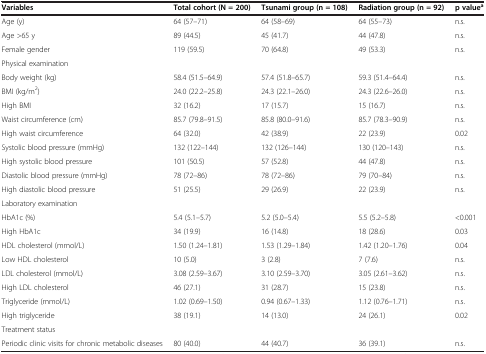
<table><thead><tr><td><b>Variables</b></td><td><b>Total cohort (N = 200)</b></td><td><b>Tsunami group (n = 108)</b></td><td><b>Radiation group (n = 92)</b></td><td><b>p value<sup>a</sup></b></td></tr></thead><tbody><tr><td>Age (y)</td><td>64 (57–71)</td><td>64 (58–69)</td><td>64 (55–73)</td><td>n.s.</td></tr><tr><td>Age &gt;65 y</td><td>89 (44.5)</td><td>45 (41.7)</td><td>44 (47.8)</td><td>n.s.</td></tr><tr><td>Female gender</td><td>119 (59.5)</td><td>70 (64.8)</td><td>49 (53.3)</td><td>n.s.</td></tr><tr><td>Physical examination</td><td> </td><td> </td><td> </td><td> </td></tr><tr><td>Body weight (kg)</td><td>58.4 (51.5–64.9)</td><td>57.4 (51.8–65.7)</td><td>59.3 (51.4–64.4)</td><td>n.s.</td></tr><tr><td>BMI (kg/m<sup>2</sup>)</td><td>24.0 (22.2–25.8)</td><td>24.3 (22.1–26.0)</td><td>24.3 (22.6–26.0)</td><td>n.s.</td></tr><tr><td>High BMI</td><td>32 (16.2)</td><td>17 (15.7)</td><td>15 (16.7)</td><td>n.s.</td></tr><tr><td>Waist circumference (cm)</td><td>85.7 (79.8–91.5)</td><td>85.8 (80.0–91.6)</td><td>85.7 (78.3–90.9)</td><td>n.s.</td></tr><tr><td>High waist circumference</td><td>64 (32.0)</td><td>42 (38.9)</td><td>22 (23.9)</td><td>0.02</td></tr><tr><td>Systolic blood pressure (mmHg)</td><td>132 (122–144)</td><td>132 (126–144)</td><td>130 (120–143)</td><td>n.s.</td></tr><tr><td>High systolic blood pressure</td><td>101 (50.5)</td><td>57 (52.8)</td><td>44 (47.8)</td><td>n.s.</td></tr><tr><td>Diastolic blood pressure (mmHg)</td><td>78 (72–86)</td><td>78 (72–86)</td><td>79 (70–84)</td><td>n.s.</td></tr><tr><td>High diastolic blood pressure</td><td>51 (25.5)</td><td>29 (26.9)</td><td>22 (23.9)</td><td>n.s.</td></tr><tr><td>Laboratory examination</td><td> </td><td> </td><td> </td><td> </td></tr><tr><td>HbA1c (%)</td><td>5.4 (5.1–5.7)</td><td>5.2 (5.0–5.4)</td><td>5.5 (5.2–5.8)</td><td>&lt;0.001</td></tr><tr><td>High HbA1c</td><td>34 (19.9)</td><td>16 (14.8)</td><td>18 (28.6)</td><td>0.03</td></tr><tr><td>HDL cholesterol (mmol/L)</td><td>1.50 (1.24–1.81)</td><td>1.53 (1.29–1.84)</td><td>1.42 (1.20–1.76)</td><td>0.04</td></tr><tr><td>Low HDL cholesterol</td><td>10 (5.0)</td><td>3 (2.8)</td><td>7 (7.6)</td><td>n.s.</td></tr><tr><td>LDL cholesterol (mmol/L)</td><td>3.08 (2.59–3.67)</td><td>3.10 (2.59–3.70)</td><td>3.05 (2.61–3.62)</td><td>n.s.</td></tr><tr><td>High LDL cholesterol</td><td>46 (27.1)</td><td>31 (28.7)</td><td>15 (23.8)</td><td>n.s.</td></tr><tr><td>Triglyceride (mmol/L)</td><td>1.02 (0.69–1.50)</td><td>0.94 (0.67–1.33)</td><td>1.12 (0.76–1.71)</td><td>n.s.</td></tr><tr><td>High triglyceride</td><td>38 (19.1)</td><td>14 (13.0)</td><td>24 (26.1)</td><td>0.02</td></tr><tr><td>Treatment status</td><td> </td><td> </td><td> </td><td> </td></tr><tr><td>Periodic clinic visits for chronic metabolic diseases</td><td>80 (40.0)</td><td>44 (40.7)</td><td>36 (39.1)</td><td>n.s.</td></tr></tbody></table>